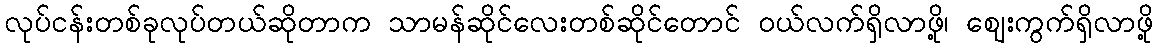
လုပ်ငန်းတစ်ခုလုပ်တယ်ဆိုတာက သာမန်ဆိုင်လေးတစ်ဆိုင်တောင် ဝယ်လက်ရှိလာဖို့၊ ဈေးကွက်ရှိလာဖို့